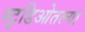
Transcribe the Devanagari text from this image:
स्टुडिओतल्या